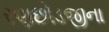
રણછોડજીના